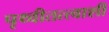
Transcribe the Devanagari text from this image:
पृथ्वीतत्त्वाशी